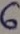
Text: 6